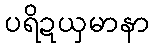
ပရိဍယှမာနာ